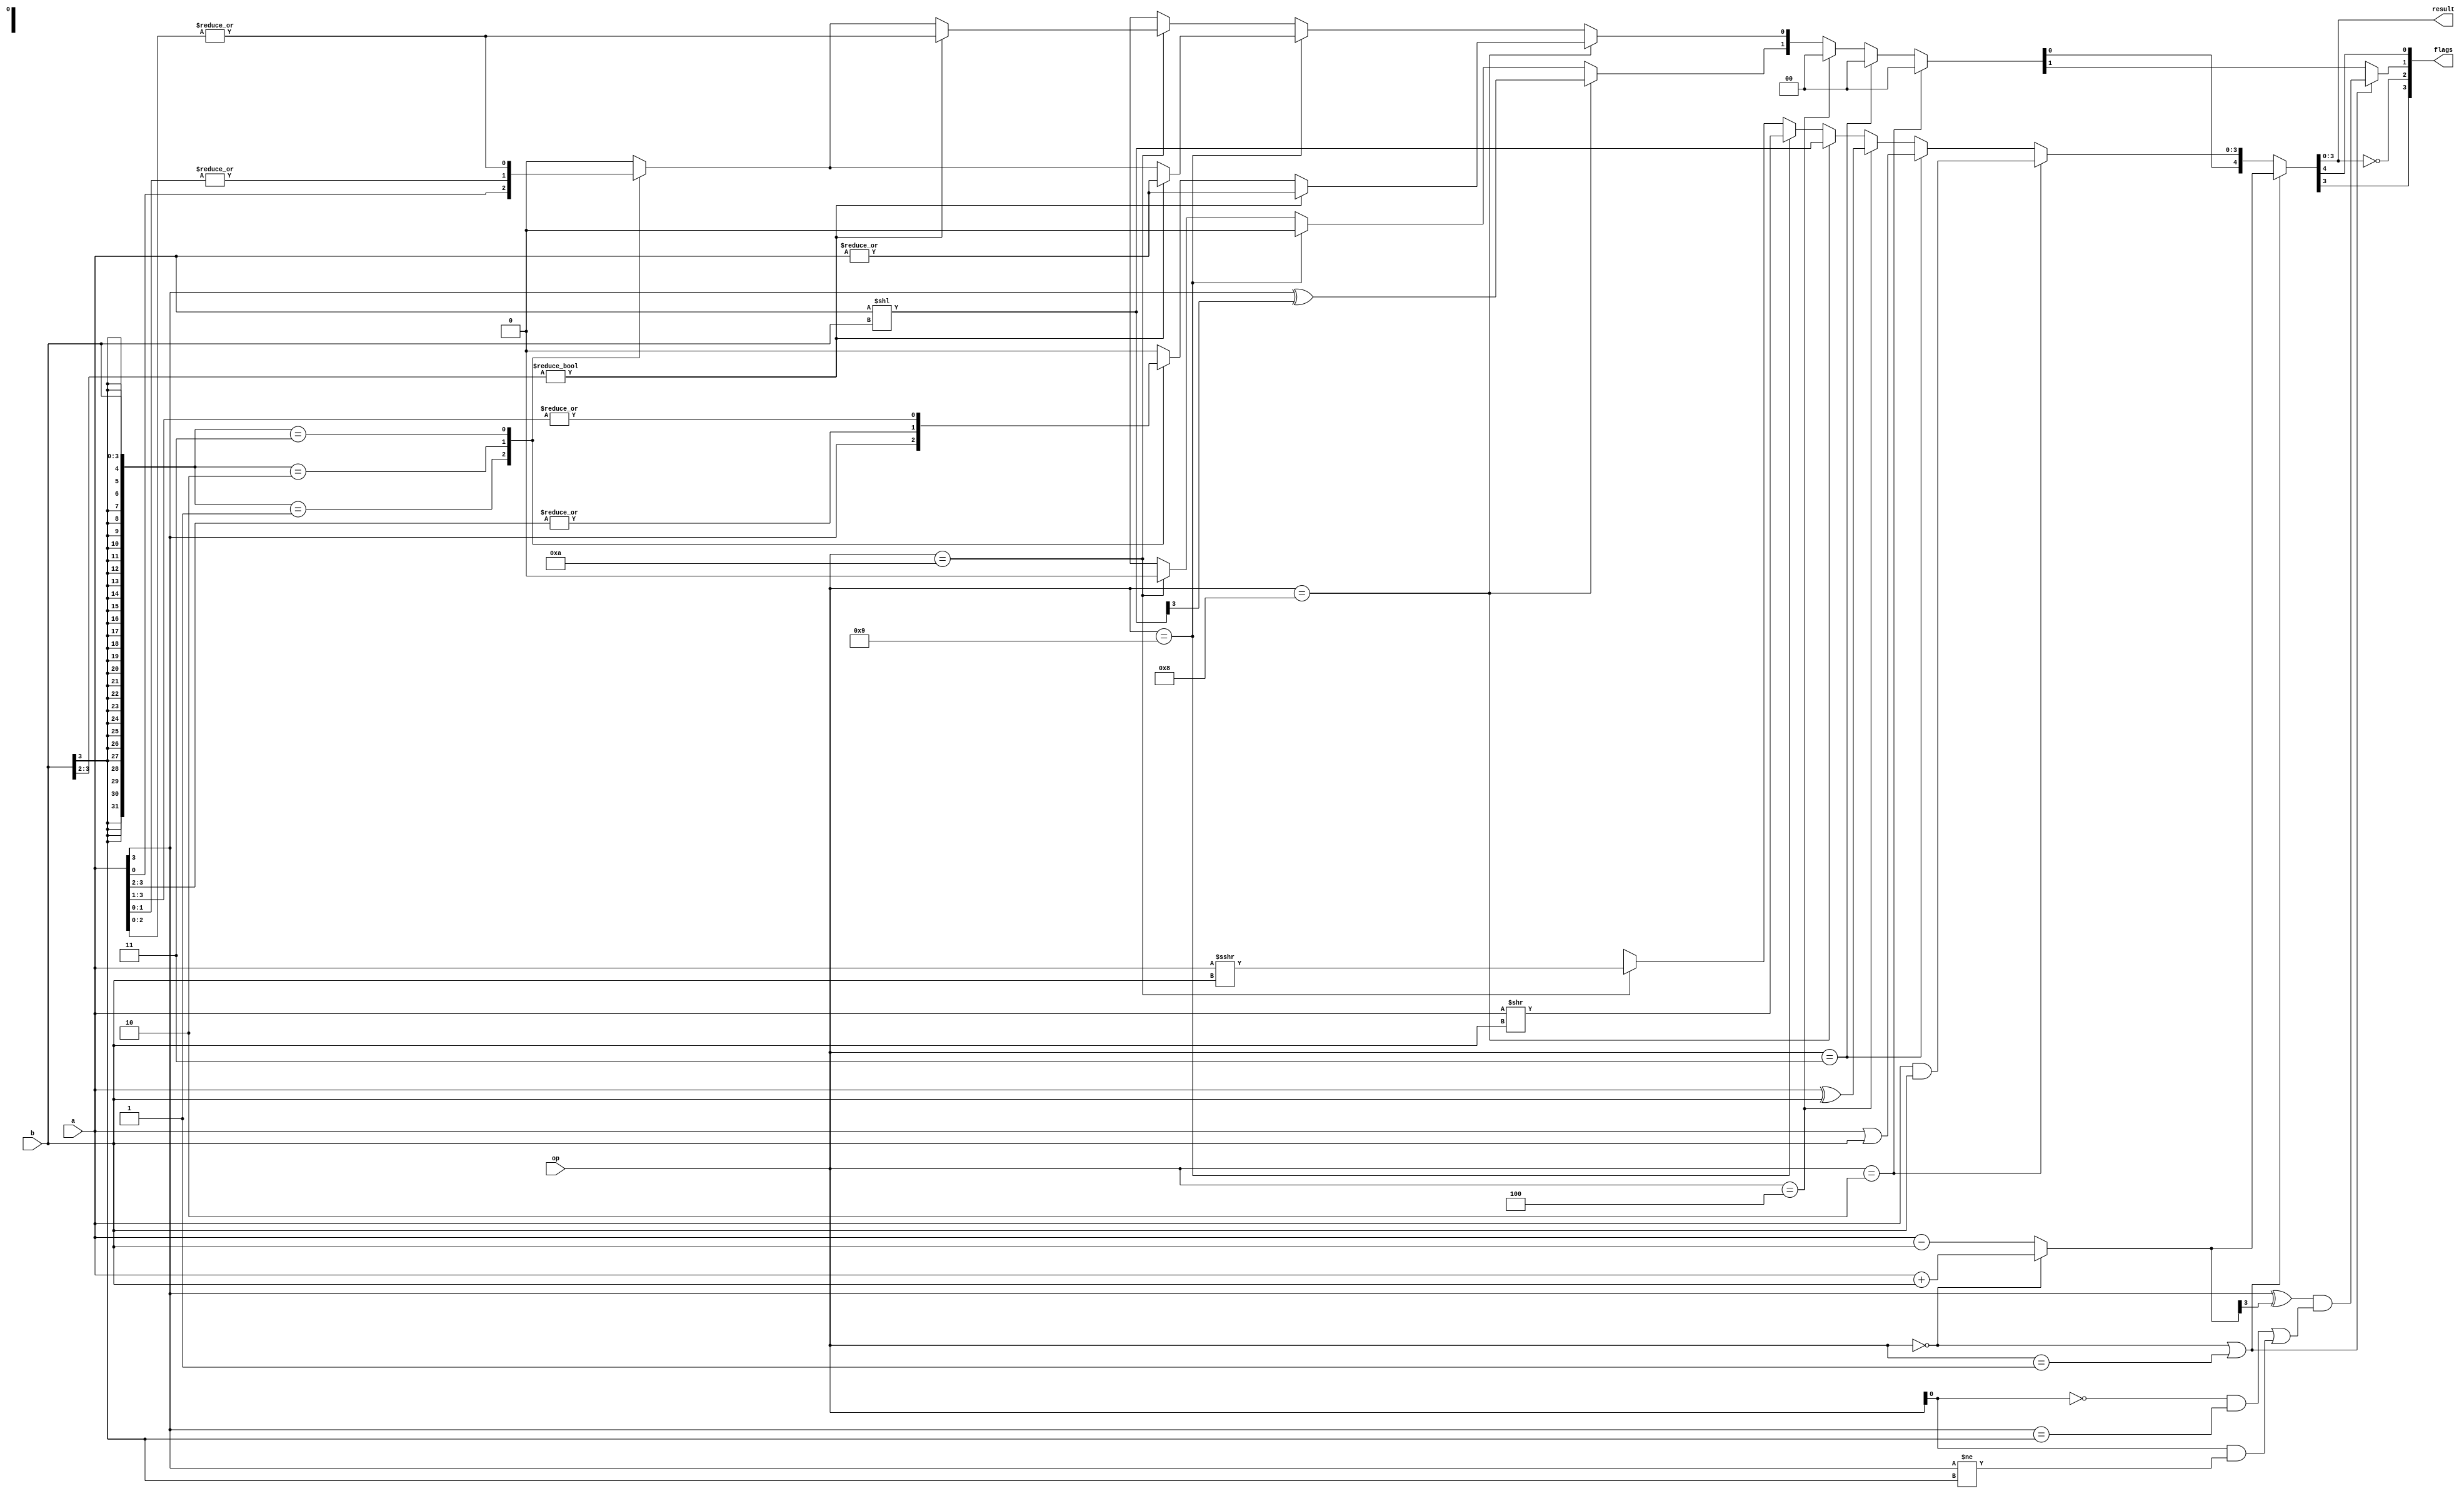
/**
* 4bit ALU

* op(4) : add(0000), sub(0001), and(0010), or(0011), xor(0100)
*         lshift(1000), r logical shift(1001), r arith shift(1010)
* a(4), b(4) : input
* result(4)  : output
* flags(4)   : output, [N, Z, V, C]
*/

module ALU(input [3:0] op,
           input [3:0] a,
           input [3:0] b,
           output [3:0] result,
           output [3:0] flags);

parameter OP_ADD = 4'b0000,
          OP_SUB = 4'b0001,
          OP_AND = 4'b0010,
          OP_OR = 4'b0011,
          OP_XOR = 4'b0100,
          OP_LSHIFT = 4'b1000,
          OP_RLOGISHIFT = 4'b1001,
          OP_RARISHIFT = 4'b1010;
// negative, zero, ovf, carry
parameter NF = 7, ZF = 6, VF = 5, CF = 4;


function [7:0] operate;
input [3:0] op;
input signed [3:0] a, b; // declared as signed for arithmetic rshift
begin
    if(op == OP_ADD || op == OP_SUB) begin
        operate[4:0] = op == OP_ADD ? {1'b0, a} + b : {1'b0, a} - b;
        operate[VF] = (a[3] ^ operate[3])
                      && (op[0] == 0 && a[3] == b[3] || op[0] == 1 && a[3] != b[3]);
    end
    else if(op == OP_AND) begin
        operate[3:0] = a & b;
        operate[VF:CF] = 0;
    end
    else if(op == OP_OR) begin
        operate[3:0] = a | b;
        operate[VF:CF] = 0;
    end
    else if(op == OP_XOR) begin
        operate[3:0] = a ^ b;
        operate[VF:CF] = 0;
    end
    else if(op == OP_LSHIFT) begin
        operate[3:0] = a << b;
        operate[VF] = a[3] ^ operate[3];
        if(b[3:2])
            operate[CF] = |a;
        else begin
            case(b) // F*ck
                0:       operate[CF] = 0;
                1:       operate[CF] = a[3];
                2:       operate[CF] = |a[3:2];
                3:       operate[CF] = |a[3:1];
                default: operate[CF] = 0; // ???
            endcase
        end
    end
    else if(op == OP_RLOGISHIFT) begin
        operate[3:0] = a >> b;
        operate[VF] = 0;
        if(b[3:2])
            operate[CF] = |a;
        else begin
            case(b)
                0:       operate[CF] = 0;
                1:       operate[CF] = a[0];
                2:       operate[CF] = |a[1:0];
                3:       operate[CF] = |a[2:0];
                default: operate[CF] = 0; // ???
            endcase
        end
    end
    else if(op == OP_RARISHIFT) begin
        operate[3:0] = a >>> b;
        operate[VF] = 0;
        if(b[3:2])
            operate[CF] = |a[2:0]; // exclude sign
        else begin
            case(b)
                0:       operate[CF] = 0;
                1:       operate[CF] = a[0];
                2:       operate[CF] = |a[1:0];
                3:       operate[CF] = |a[2:0];
                default: operate[CF] = 0; // ???
            endcase
        end
    end
    else // invalid op
        operate = 8'bxxxxxxxx;
        
    operate[NF:ZF] = {operate[3] == 1, operate[3:0] == 0};
end
endfunction

assign {flags, result} = operate(op, a, b);

endmodule